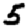
Digit: 5